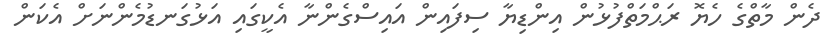
ދެން މާތްގެ ހެޔޮ ރަޙްމަތްފުޅުން އިންޑިޔާ ސިފައިން އައިސްގެންނާ އެކީގައި އަޅުގަނޑުމެންނަށް އެކަން